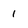
Character: 1